Annual report of the Punjab Veterinary College and of the Civil Veterinary Department, Punjab - 1926-1932
Year: 1926
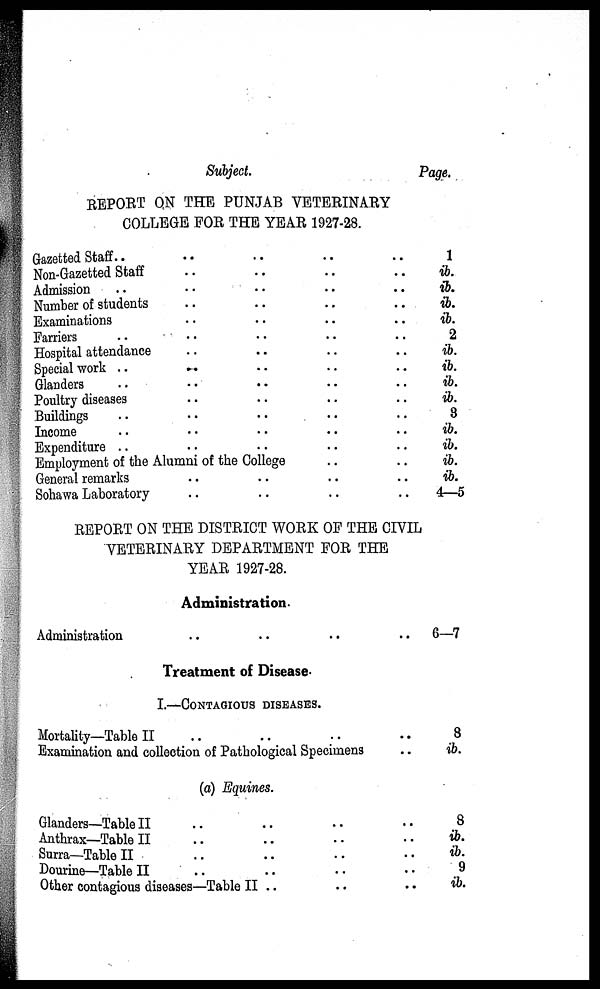
Subject.
Page.
REPORT ON THE PUNJAB VETERINARY
COLLEGE FOR THE YEAR 1927-28.
Gazetted Staff .. .. .. .. ..
Non-Gazetted Staff .. .. .. ..
Admission .. .. .. .. ..
Number of students .. .. .. ..
Examinations .. .. .. ..
Farriers .. .. .. .. ..
Hospital attendance .. .. .. ..
Special work .. .. .. .. ..
Glanders .. .. .. .. ..
Poultry diseases .. .. .. ..
Buildings .. .. .. .. ..
Income .. .. .. .. ..
Expenditure .. .. .. .. ..
Employment of the Alumni of the College .. ..
General remarks .. .. .. ..
Sohawa Laboratory .. .. .. ..
1
ib.
ib.
ib.
ib.
2
ib.
ib.
ib.
ib.
3
ib.
ib.
ib.
ib.
4—5
REPORT ON THE DISTRICT WORK OF THE CIVIL
VETERINARY DEPARTMENT FOR THE
YEAR 1927-28.
Administration.
Administration .. .. .. ..
Treatment of Disease.
I.—CONTAGIOUS DISEASES.
Mortality—Table II .. .. .. ..
Examination and collection of Pathological Specimens ..
(a) Equines.
Glanders—Table II .. .. .. ..
Anthrax—Table II .. .. .. ..
Surra—Table II .. .. .. .. ..
Dourine—Table II .. .. .. ..
Other contagious diseases—Table II .. .. ..
6—7
8
ib.
8
ib.
ib.
9
ib.